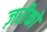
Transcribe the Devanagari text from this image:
ज़रीको